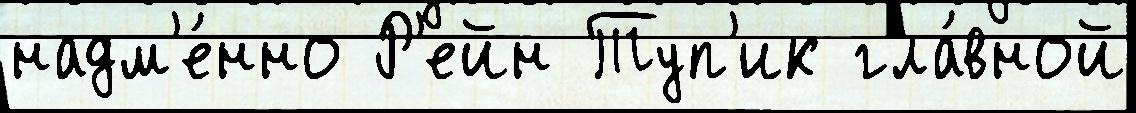
надм'е́нно Р'ейн Туп'ик гла́вной